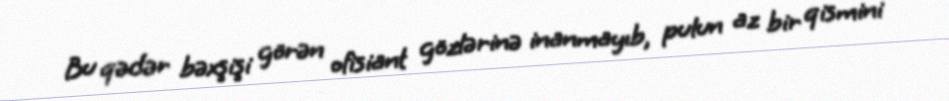
Bu qədər bəxşişi görən ofisiant gözlərinə inanmayıb, pulun az bir qismini